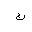
Letter: _kaf